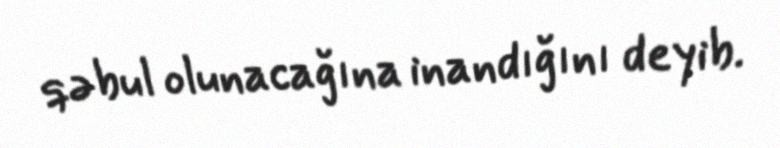
qəbul olunacağına inandığını deyib.